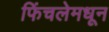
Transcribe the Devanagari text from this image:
फिंचलेमधून